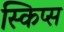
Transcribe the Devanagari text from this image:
स्किप्स